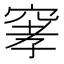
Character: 窙